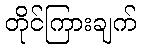
တိုင်ကြားချက်